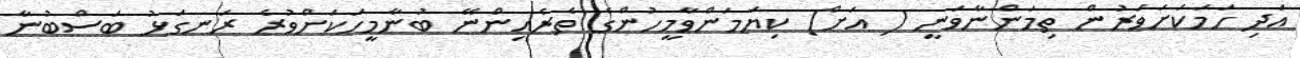
އަދި ހަމަކަށަވަރުން ތިމަންނާވަނީ ( އަށް) ކިޔަމަންވާމީހުންގެ ތެރެއިންނޭ ބުނާމީހަކަށްވުރެ ރަނގަޅު ބަސްބުނާ